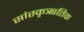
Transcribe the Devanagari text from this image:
सांस्कृऋतिक